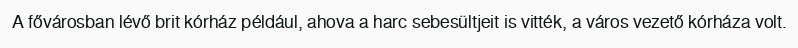
A fővárosban lévő brit kórház például, ahova a harc sebesültjeit is vitték, a város vezető kórháza volt.